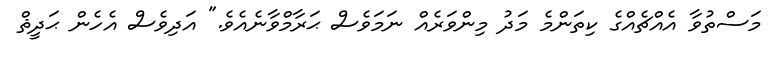
މަސްތުވާ އެއްޗެއްގެ ކިތަންމެ މަދު މިންވަރެއް ނަމަވެސް ޙަރާމްވާނެއެވެ." އަދިވެސް އެހެން ޙަދީޘް